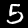
Digit: 5